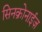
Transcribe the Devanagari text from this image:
सिनक्रोनाईज़